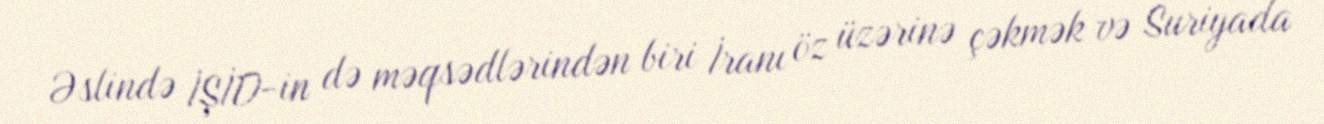
Əslində İŞİD-in də məqsədlərindən biri İranı öz üzərinə çəkmək və Suriyada